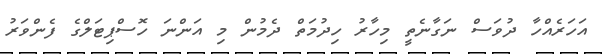
އަހަރެއްހާ ދުވަސް ނަގާނެތީ މިހާރު ހިދުމަތް ދެމުން މި އަންނަ ހޮސްޕިޓަލްގެ ފެންވަރު